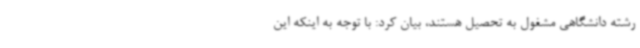
رشته دانشگاهی مشغول به تحصیل هستند، بیان کرد: با توجه به اینکه این